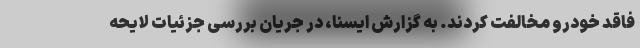
فاقد خودرو مخالفت کردند. به گزارش ایسنا، در جریان بررسی جزئیات لایحه